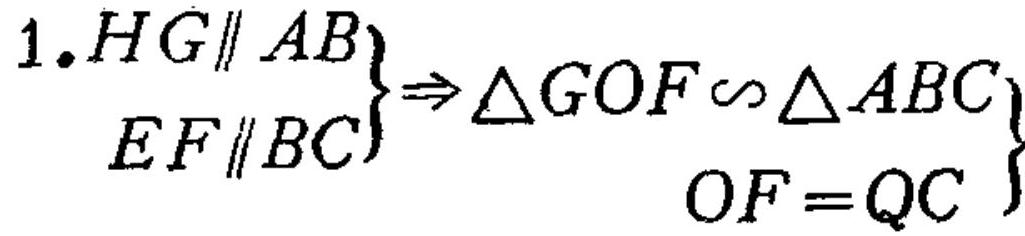
$\left.\begin{array}{r}
1. HG\parallel AB\\
EF\parallel BC
\end{array}\right\}\Rightarrow\left.\begin{array}{r}
\triangle GOF\backsim\triangle ABC\\
OF = QC
\end{array}\right\}$